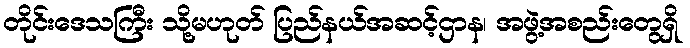
တိုင်းဒေသကြီး သို့မဟုတ် ပြည်နယ်အဆင့်ဌာန၊ အဖွဲ့အစည်းတွေရှိ